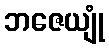
ဘဇေယျုံ